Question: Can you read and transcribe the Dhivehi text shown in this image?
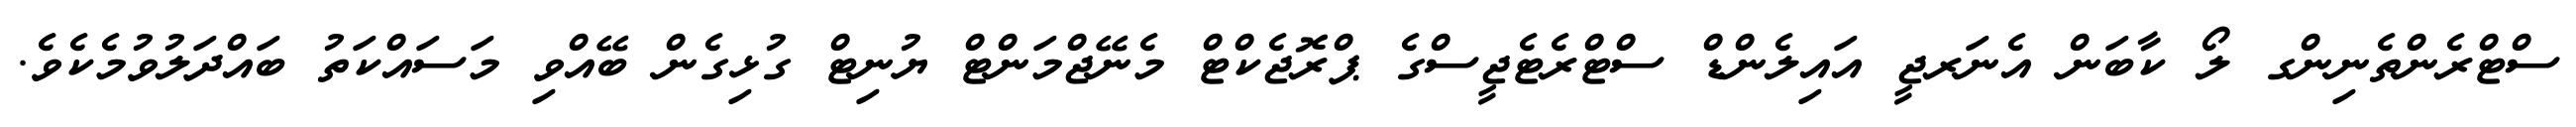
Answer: ސްޓްރެންތެނިންގ ލޯ ކާބަން އެނަރޖީ އައިލެންޑް ސްޓްރެޓެޖީސްގެ ޕްރޮޖެކްޓް މެނޭޖްމަންޓް ޔުނިޓް ގުޅިގެން ބޭއްވި މަސައްކަތު ބައްދަލުވުމެކެވެ.